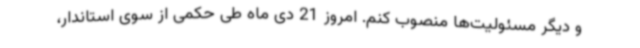
و دیگر مسئولیت‌ها منصوب کنم. امروز 21 دی ماه طی حکمی از سوی استاندار،